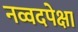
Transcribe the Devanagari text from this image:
नव्वदपेक्षा